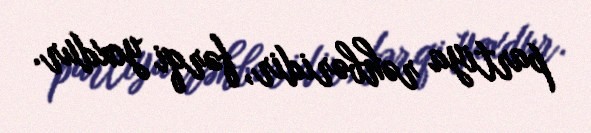
partiya rəhbəridir, fərqi yoxdur.